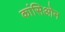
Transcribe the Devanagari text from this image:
कांसिओन